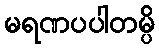
မရဏပပါတမ္ပိ